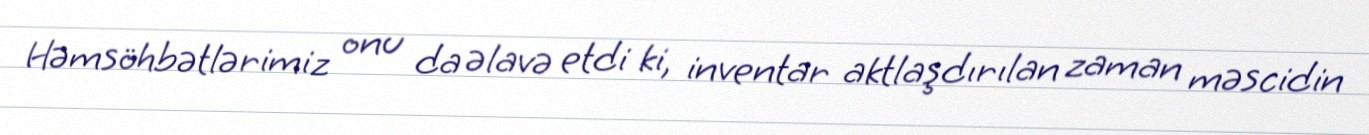
Həmsöhbətlərimiz onu da əlavə etdi ki, inventar aktlaşdırılan zaman məscidin